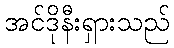
အင်ဒိုနီးရှားသည်